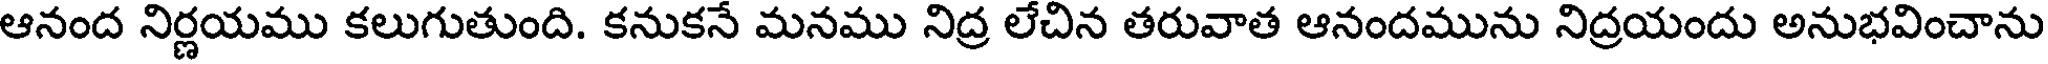
ఆనంద నిర్ణయము కలుగుతుంది. కనుకనే మనము నిద్ర లేచిన తరువాత ఆనందమును నిద్రయందు అనుభవించాను